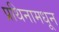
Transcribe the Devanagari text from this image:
प्रथिनामधून